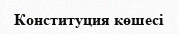
Конституция көшесі